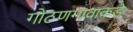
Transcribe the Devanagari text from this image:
गोठणगावाकडे